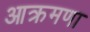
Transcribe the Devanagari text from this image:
आक्रमणा